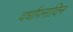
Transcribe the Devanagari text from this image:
वर्धापनादिन